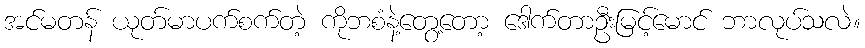
အင်မတန် ယုတ်မာပက်စက်တဲ့ ကိုဘစံနဲ့တွေ့တော့ ဒေါက်တာဦးမြင့်မောင် ဘာလုပ်သလဲ။